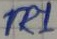
Text: TR1